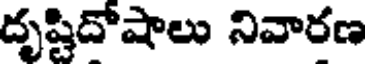
దృష్టిదోషాలు నివారణ